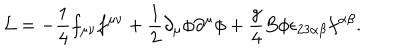
{ \mathcal { L } } = - \frac { 1 } { 4 } f _ { \mu \nu } f ^ { \mu \nu } + \frac { 1 } { 2 } \partial _ { \mu } \phi \partial ^ { \mu } \phi + \frac { g } { 4 } B \phi \epsilon _ { 2 3 \alpha \beta } f ^ { \alpha \beta } .